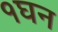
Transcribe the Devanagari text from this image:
१घन